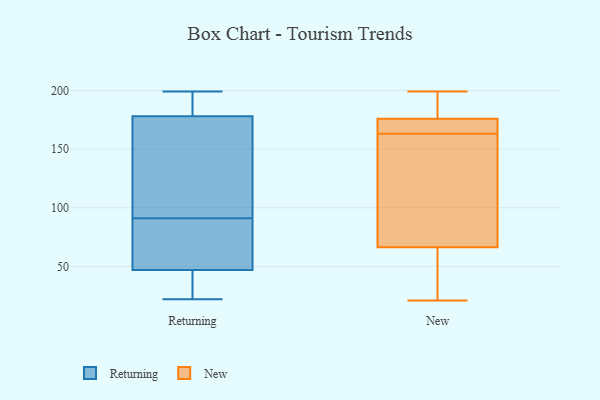
{"axis": {"x": "Operating Costs (USD K)", "y": "Value"}, "legend": ["New", "Returning"], "data": [{"x": "", "y": 44, "type": "Returning"}, {"x": "", "y": 62, "type": "Returning"}, {"x": "", "y": 78, "type": "Returning"}, {"x": "", "y": 47, "type": "Returning"}, {"x": "", "y": 172, "type": "Returning"}, {"x": "", "y": 104, "type": "Returning"}, {"x": "", "y": 199, "type": "Returning"}, {"x": "", "y": 178, "type": "Returning"}, {"x": "", "y": 132, "type": "Returning"}, {"x": "", "y": 77, "type": "Returning"}, {"x": "", "y": 47, "type": "Returning"}, {"x": "", "y": 198, "type": "Returning"}, {"x": "", "y": 22, "type": "Returning"}, {"x": "", "y": 198, "type": "Returning"}, {"x": "", "y": 199, "type": "New"}, {"x": "", "y": 166, "type": "New"}, {"x": "", "y": 21, "type": "New"}, {"x": "", "y": 178, "type": "New"}, {"x": "", "y": 100, "type": "New"}, {"x": "", "y": 199, "type": "New"}, {"x": "", "y": 175, "type": "New"}, {"x": "", "y": 173, "type": "New"}, {"x": "", "y": 167, "type": "New"}, {"x": "", "y": 142, "type": "New"}, {"x": "", "y": 44, "type": "New"}, {"x": "", "y": 185, "type": "New"}, {"x": "", "y": 163, "type": "New"}, {"x": "", "y": 58, "type": "New"}, {"x": "", "y": 31, "type": "New"}, {"x": "", "y": 153, "type": "New"}, {"x": "", "y": 69, "type": "New"}]}